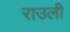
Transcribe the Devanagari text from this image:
राउली